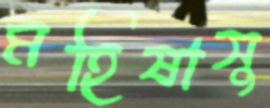
মহিষাসু